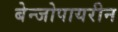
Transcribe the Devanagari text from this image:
बेन्जोपायरीन